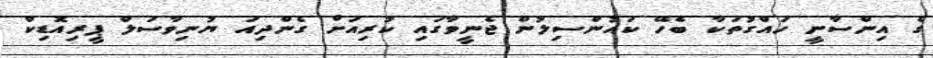
ގެ އިންސާނީ ހައްގުތަކާ ބެހޭ ކައުންސިލުން ޖެނީވާގައި ކުރިއަށް ގެންދިއަ ޔުނިވާސަލް ޕީރިއޮޑިކް